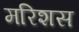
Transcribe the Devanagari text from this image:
मरिशस